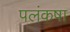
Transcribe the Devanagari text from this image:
पलंकषा